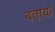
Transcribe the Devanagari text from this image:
बताय।